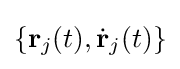
\{\mathbf {r} _{j}(t),{\dot {\mathbf {r} }}_{j}(t)\}